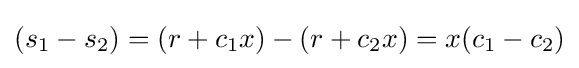
(s_{1}-s_{2})=(r+c_{1}x)-(r+c_{2}x)=x(c_{1}-c_{2})